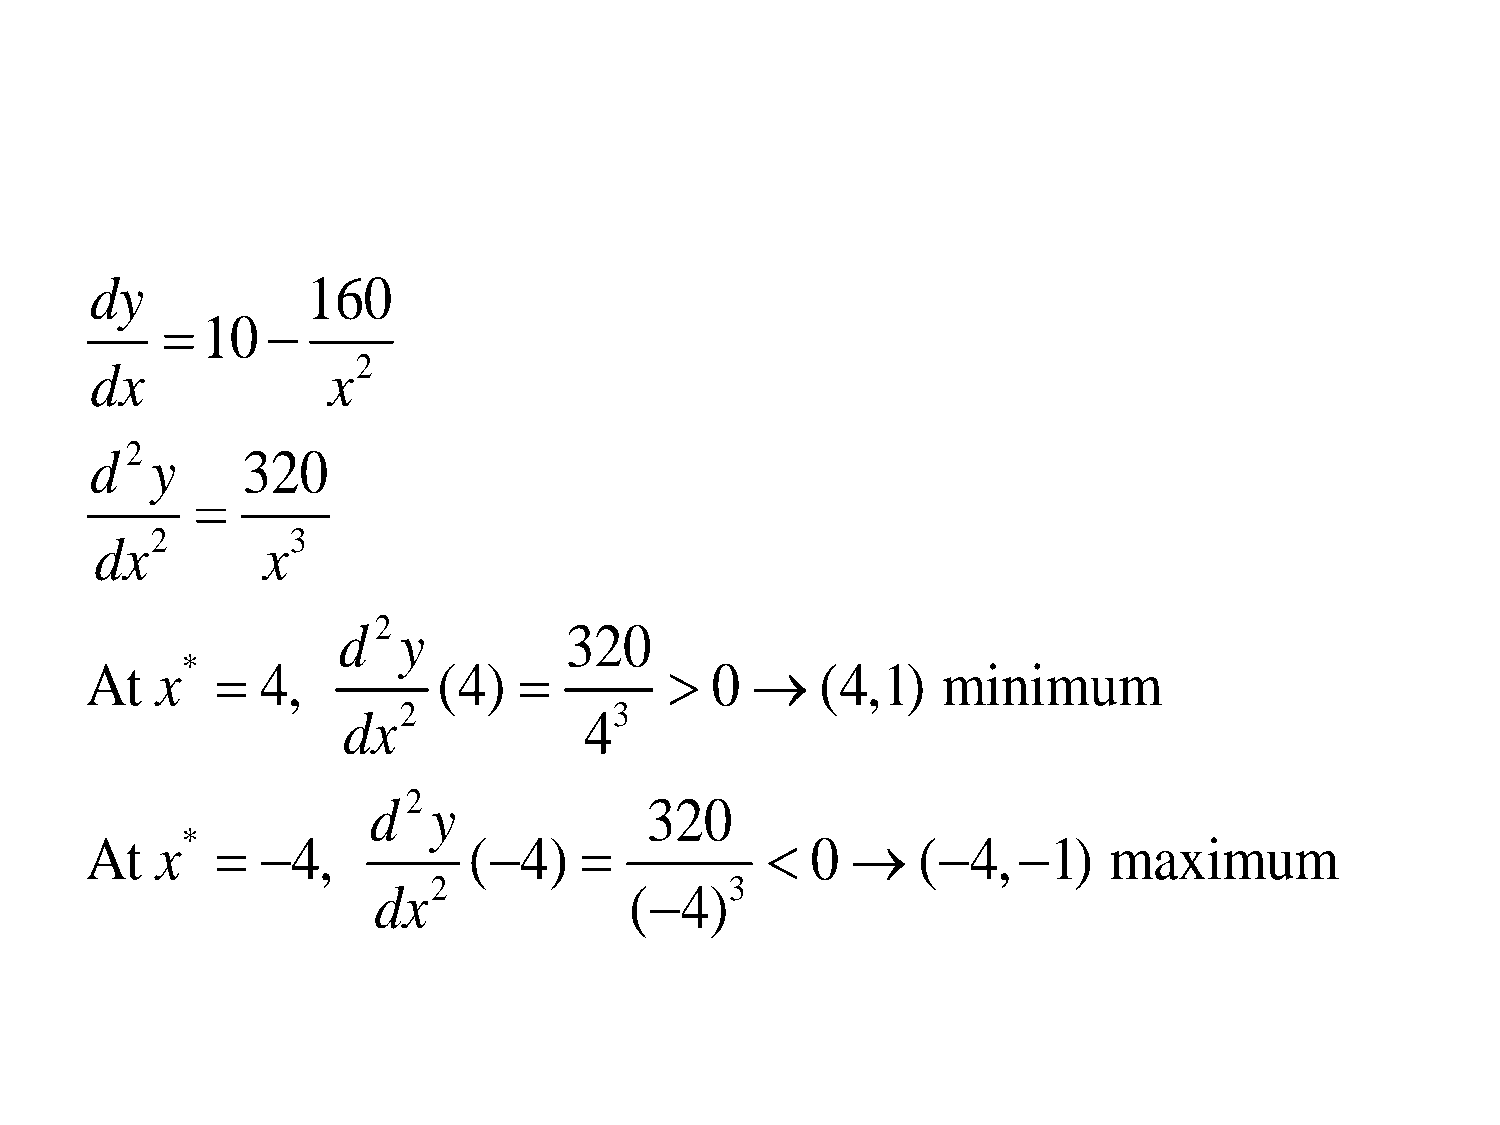
dy            160
  10   
 2
 dx              x
 2
 d   y     320
 
 2        3
 dx         x
 2
 d   y          320
 *
 At  x     4,          (4)             0     (4,1)   minimum
 2              3
 dx              4
 2
 d    y             320
 *
 At  x     4,           (4)                 0     (4,  1)   maximum
 2                  3
 dx               (4)